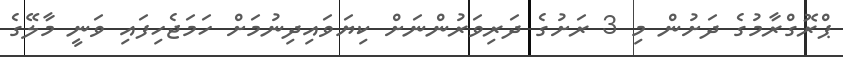
ޕްރޮގްރާމުގެ ދަށުން މި 3 ރަށުގެ ދަރިވަރުންނަށް ކިޔަވައިދިނުމަށް ހަމަޖެހިފައި ވަނީ މާލޭގެ